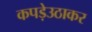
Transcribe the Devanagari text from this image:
कपड़ेउठाकर